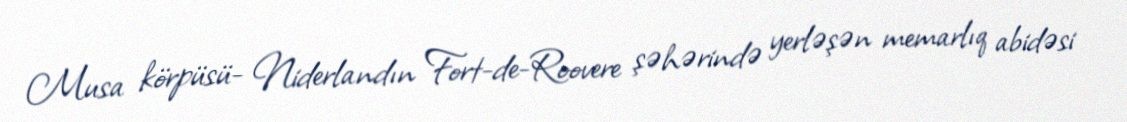
Musa körpüsü- Niderlandın Fort-de-Roovere şəhərində yerləşən memarlıq abidəsi